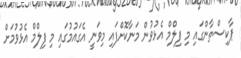
ޕާކިސްތާންގައި މި ފިލްމް އެޅުވުން މަނާކޮށްފައި މިވަނީ އެގައުމުގައި މި ފިލްމް އެޅުވުމަށް